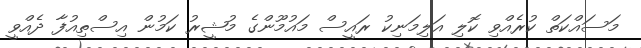
މަސައްކަތް ކުރެއްވި ކޮލި އަލިމަނިކު ރައީސް މައުމޫންގެ މުޝީރު ކަމުން އިސްތިއުފާ ދެއްވީ